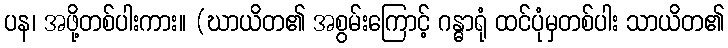
ပန၊ အဖို့တစ်ပါးကား။ (ဃာယိတ၏ အစွမ်းကြောင့် ဂန္ဓာရုံ ထင်ပုံမှတစ်ပါး သာယိတ၏